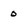
Character: 0